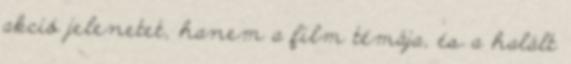
akció jelenetet, hanem a film témája, és a halált